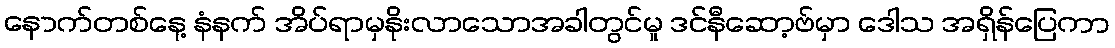
နောက်တစ်နေ့ နံနက် အိပ်ရာမှနိုးလာသောအခါတွင်မူ ဒင်နီဆော့ဗ်မှာ ဒေါသ အရှိန်ပြေကာ